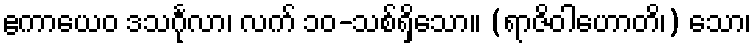
ဧကာယေဝ ဒသင်္ဂုလာ၊ လက် ၁၀-သစ်ရှိသော။ (ရာဇိဝါဟောတိ၊) သော၊